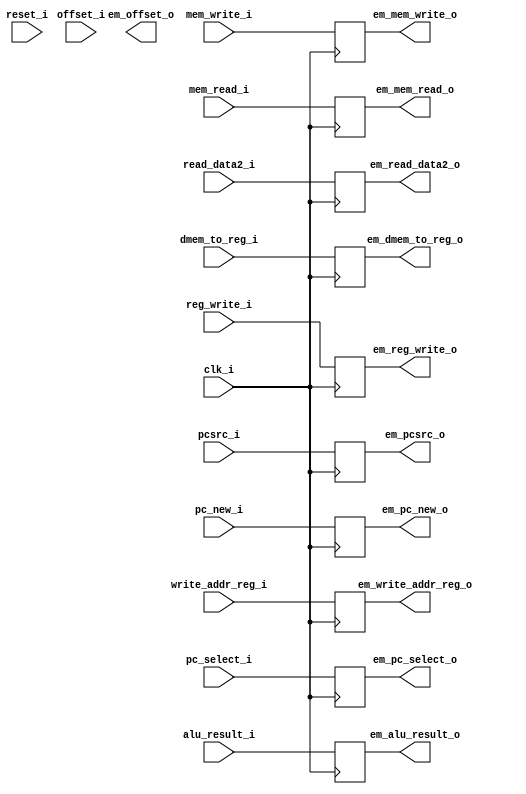
//  Sharanesh: Verified
//  Phani:

module execute_memory_register (
    input clk_i, //Clock input
    input reset_i, //Reset input

    input [31:0] pcsrc_i, //PC source input
    input [31:0] pc_new_i,
    input pc_select_i,

    input reg_write_i, //reg write (enables reg for writings)
    input mem_read_i, //mem read
    input [1:0] dmem_to_reg_i, //mem2reg
    input mem_write_i, //mem write

    input [4:0] write_addr_reg_i,
    input [31:0] alu_result_i,  // ALU RESULT 
    input [31:0] read_data2_i,
    input [31:0] offset_i,

    output [31:0] em_pcsrc_o,
    output [31:0] em_pc_new_o,
    output em_pc_select_o,
    
    output em_reg_write_o,
    output em_mem_read_o,
    output [1:0] em_dmem_to_reg_o,
    output em_mem_write_o,

    output [4:0] em_write_addr_reg_o,
    output [31:0] em_alu_result_o,
    output [31:0] em_read_data2_o,   
    output [31:0] em_offset_o
);

reg [31:0] execute_memory_pcsrc_reg;
reg execute_memory_reg_write_reg;
reg execute_memory_mem_read_reg;
reg [1:0] execute_memory_dmem_to_reg_reg;
reg execute_memory_mem_write_reg;
reg [31:0] execute_memory_pc_new_reg;
reg execute_memory_pc_select_reg;
reg [4:0] execute_memory_write_addr_reg_reg;
reg [31:0] execute_memory_alu_result_reg;
reg [31:0] execute_memory_read_data2_reg; 

always @(posedge clk_i) begin
    execute_memory_pcsrc_reg <= pcsrc_i;
    execute_memory_pc_new_reg <= pc_new_i;
    execute_memory_pc_select_reg <= pc_select_i;

    execute_memory_reg_write_reg <= reg_write_i;
    execute_memory_mem_read_reg <= mem_read_i;
    execute_memory_dmem_to_reg_reg <= dmem_to_reg_i;
    execute_memory_mem_write_reg <= mem_write_i;

    execute_memory_write_addr_reg_reg <= write_addr_reg_i;
    execute_memory_alu_result_reg <= alu_result_i;
    execute_memory_read_data2_reg <= read_data2_i;
end

assign em_pcsrc_o = execute_memory_pcsrc_reg;
assign em_pc_new_o = execute_memory_pc_new_reg;
assign em_pc_select_o = execute_memory_pc_select_reg;

assign em_reg_write_o = execute_memory_reg_write_reg;
assign em_mem_read_o = execute_memory_mem_read_reg;
assign em_dmem_to_reg_o = execute_memory_dmem_to_reg_reg;
assign em_mem_write_o = execute_memory_mem_write_reg;

assign em_write_addr_reg_o = execute_memory_write_addr_reg_reg;
assign em_read_data2_o = execute_memory_read_data2_reg;
assign em_alu_result_o = execute_memory_alu_result_reg;

endmodule